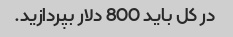
در کل باید 800 دلار بپردازید.